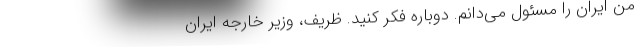
من ایران را مسئول می‌دانم. دوباره فکر کنید. ظریف، وزیر خارجه ایران